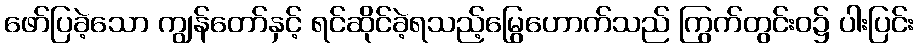
ဖော်ပြခဲ့သော ကျွန်တော်နှင့် ရင်ဆိုင်ခဲ့ရသည့်မြွေဟောက်သည် ကြွက်တွင်းဝ၌ ပါးပြင်း